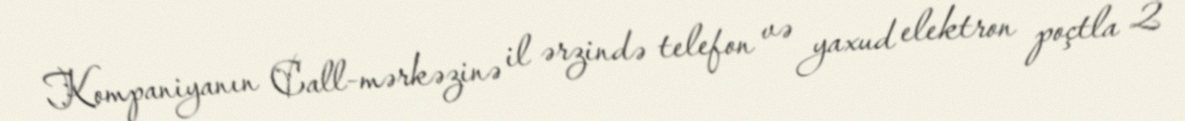
Kompaniyanın Call-mərkəzinə il ərzində telefon və yaxud elektron poçtla 2